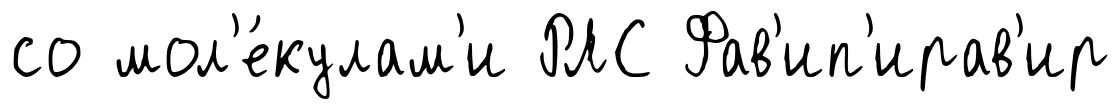
со мол'е́кулам'и РЛС Фав'ип'ирав'ир